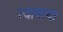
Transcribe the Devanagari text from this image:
स्थापत्य।